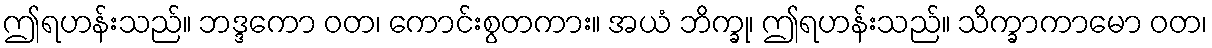
ဤရဟန်းသည်။ ဘဒ္ဒကော ဝတ၊ ကောင်းစွတကား။ အယံ ဘိက္ခု၊ ဤရဟန်းသည်။ သိက္ခာကာမော ဝတ၊